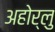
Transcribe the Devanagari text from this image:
अहोर्लु